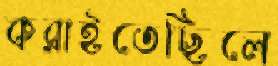
করাইতেছিলে